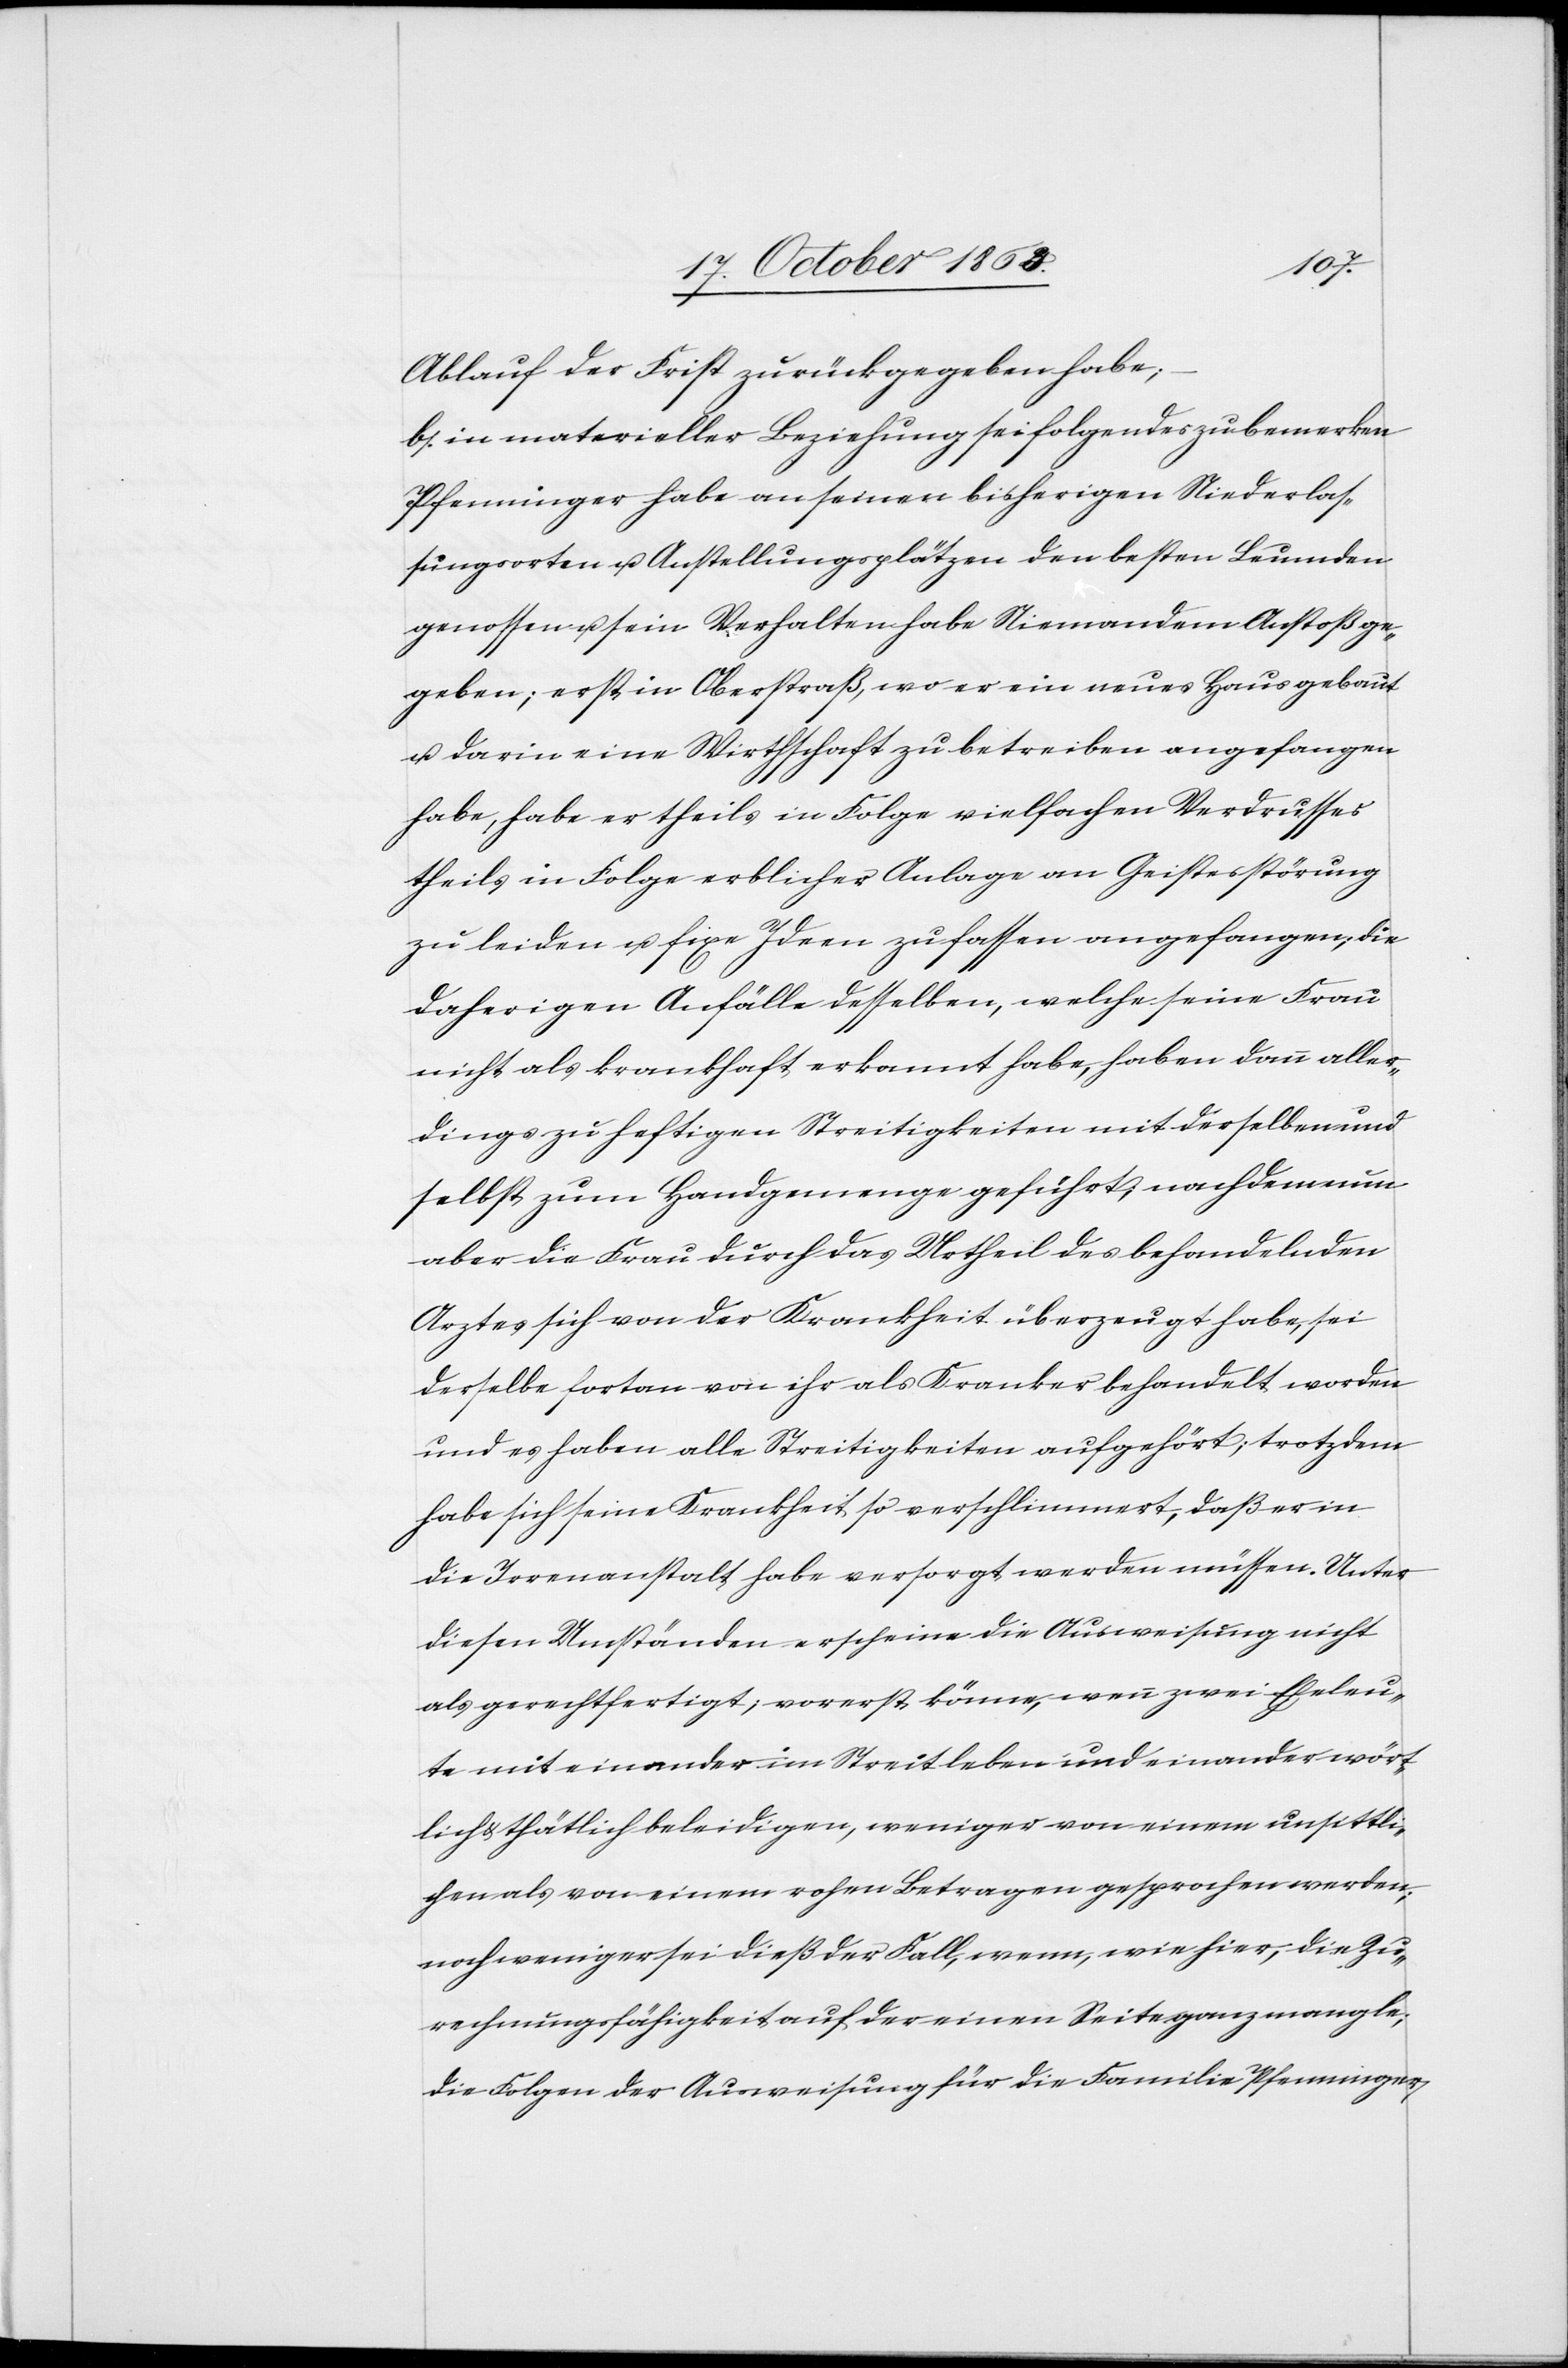
Ablauf der Frist zurückgegeben habe;
b.) in materieller Beziehung sei folgendes zu bemerken[:]
Pfenninger habe an seinen bisherigen Niederlas¬
sungsorten u. Anstellungsplätzen den besten Leumden
genossen u. sein Verhalten habe Niemandem Anstoß ge¬
geben; erst in Oberstraß, wo er ein neues Haus gebaut
u. darin eine Wirthschaft zu betreiben angefangen
habe, habe er theils in Folge vielfachen Verdrusses
theils in Folge erblicher Anlage an Geistesstörung
zu leiden u. fixe Ideen zu fassen angefangen; die
daherigen Anfälle desselben, welche seine Frau
nicht als krankhaft erkannt habe, haben dann aller¬
dings zu heftigen Streitigkeiten mit derselben und
selbst zum Handgemenge geführt; nachdem nun
aber die Frau durch das Urtheil des behandelnden
Arztes sich von der Krankheit überzeugt habe, sei
derselbe fortan von ihr als Kranker behandelt worden
und es haben alle Streitigkeiten aufgehört; trotzdem
habe sich seine Krankheit so verschlimmert, daß er in
die Irrenanstalt habe versorgt werden müssen. Unter
diesen Umständen erscheine die Ausweisung nicht
als gerechtfertigt; vorerst könne, wenn zwei Eheleu¬
te mit einander im Streit leben und einander wört¬
lich & thätlich beleidigen, weniger von einem unsittli¬
chen als von einem rohen Betragen gesprochen werden;
noch weniger sei dieß der Fall, wenn, wie hier, die Zu¬
rechnungsfähigkeit auf der einen Seite ganz mangle;
die Folgen der Ausweisung für die Familie Pfenninger,